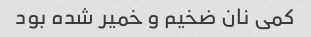
کمی نان ضخیم و خمیر شده بود